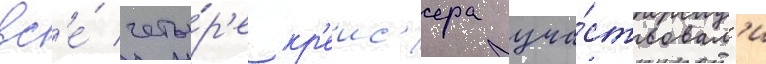
вс'е́ четы́р'е кр'еис'ера уча́ствовал'и